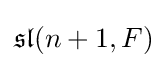
{\mathfrak {sl}}(n+1,F)